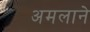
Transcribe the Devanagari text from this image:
अमलाने